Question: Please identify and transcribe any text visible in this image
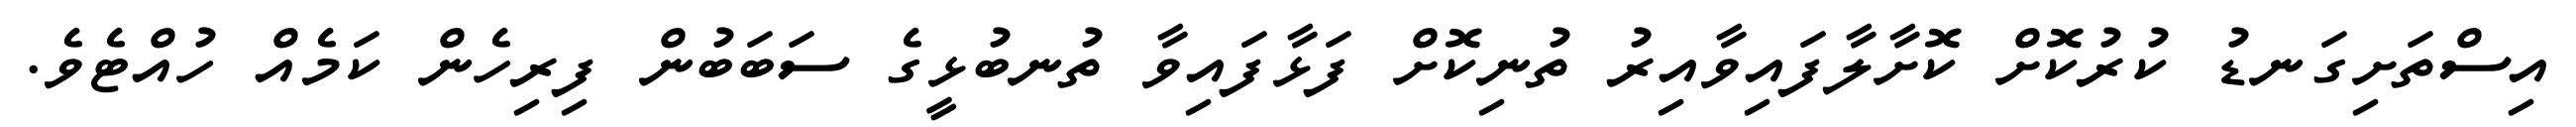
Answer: އިސްތަށިގަނޑު ކުރުކޮށް ކޮށާލާފައިވާއިރު ތުނިކޮށް ފަޅާފައިވާ ތުނބުޅީގެ ސަބަބުން ފިރިހެން ކަމެއް ހުއްޓެވެ.